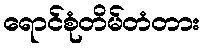
ရောင်စုံတိမ်တံတား